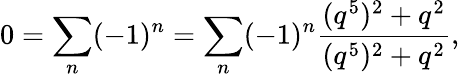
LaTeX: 0=\sum_{n}(-1)^{n}=\sum_{n}(-1)^{n}\frac{(q^{5})^{2}+q^{2}}{(q^{5})^{2}+q^{2}},